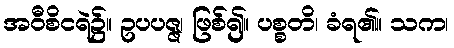
အဝီစိငရဲ၌။ ဥပပဇ္ဇ၊ ဖြစ်၍။ ပစ္စတိ၊ ခံရ၏။ သက၊